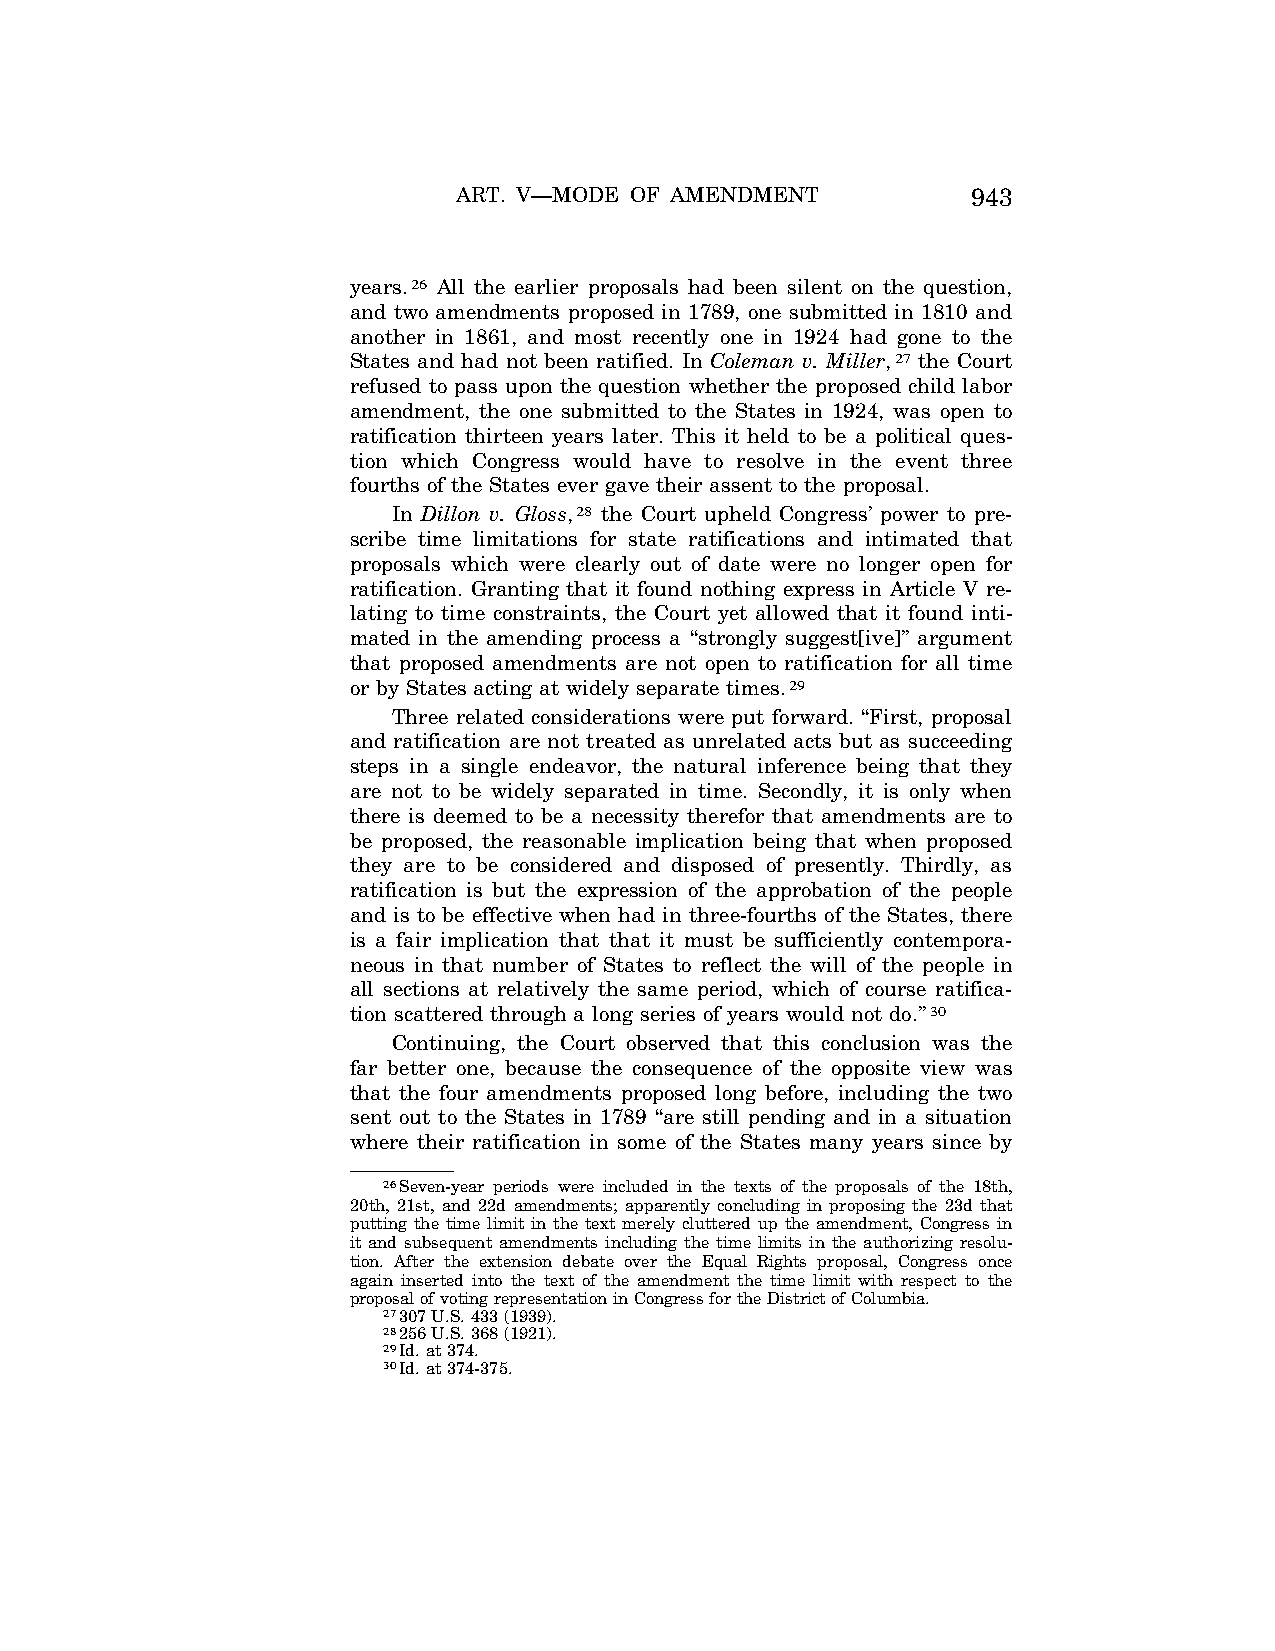
ART. V—MODE OF AMENDMENT          943
 years.26 All the earlier proposals had been silent on the question,
 and two amendments proposed in 1789, one submitted in 1810 and
 another in 1861, and most recently one in 1924 had gone to the
 States and had not been ratified. In Coleman v. Miller,27 the Court
 refused to pass upon the question whether the proposed child labor
 amendment, the one submitted to the States in 1924, was open to
 ratification thirteen years later. This it held to be a political ques-
 tion which Congress would have to resolve in the event three
 fourths of the States ever gave their assent to the proposal.
 In Dillon v. Gloss,28 the Court upheld Congress’ power to pre-
 scribe time limitations for state ratifications and intimated that
 proposals which were clearly out of date were no longer open for
 ratification. Granting that it found nothing express in Article V re-
 lating to time constraints, the Court yet allowed that it found inti-
 mated in the amending process a ‘‘strongly suggest[ive]’’ argument
 that proposed amendments are not open to ratification for all time
 or by States acting at widely separate times.29
 Three related considerations were put forward. ‘‘First, proposal
 and ratification are not treated as unrelated acts but as succeeding
 steps in a single endeavor, the natural inference being that they
 are not to be widely separated in time. Secondly, it is only when
 there is deemed to be a necessity therefor that amendments are to
 be proposed, the reasonable implication being that when proposed
 they are to be considered and disposed of presently. Thirdly, as
 ratification is but the expression of the approbation of the people
 and is to be effective when had in three-fourths of the States, there
 is a fair implication that that it must be sufficiently contempora-
 neous in that number of States to reflect the will of the people in
 all sections at relatively the same period, which of course ratifica-
 tion scattered through a long series of years would not do.’’30
 Continuing, the Court observed that this conclusion was the
 far better one, because the consequence of the opposite view was
 that the four amendments proposed long before, including the two
 sent out to the States in 1789 ‘‘are still pending and in a situation
 where their ratification in some of the States many years since by
 26Seven-year periods were included in the texts of the proposals of the 18th,
 20th, 21st, and 22d amendments; apparently concluding in proposing the 23d that
 putting the time limit in the text merely cluttered up the amendment, Congress in
 it and subsequent amendments including the time limits in the authorizing resolu-
 tion. After the extension debate over the Equal Rights proposal, Congress once
 again inserted into the text of the amendment the time limit with respect to the
 proposal of voting representation in Congress for the District of Columbia.
 27307 U.S. 433 (1939).
 28256 U.S. 368 (1921).
 29Id. at 374.
 30Id. at 374-375.
 VerDate Apr<14>2004 09:07 Apr 15, 2004 Jkt 077500 PO 00000 Frm 00005 Fmt 8222 Sfmt 8222 C:\CONAN\CON017.SGM PRFM99 PsN: CON017